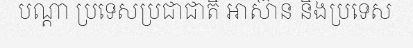
បណ្តា ប្រទេសប្រជាជាតិ អាស៊ាន និងប្រទេស